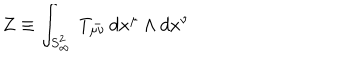
Z \equiv \int _ { S _ { \infty } ^ { 2 } } \, T _ { \mu \nu } ^ { - } \, d x ^ { \mu } \wedge d x ^ { \nu }